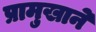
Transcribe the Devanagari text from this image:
प्रामुखाने